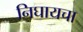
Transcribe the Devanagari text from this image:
निघायचा